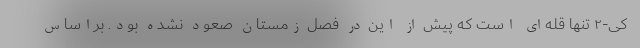
کی-۲ تنها قله‌ای است که پیش از این در فصل زمستان صعود نشده بود. براساس